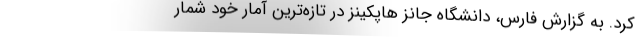
کرد. به گزارش فارس، دانشگاه جانز هاپکینز در تازه‌ترین آمار خود شمار